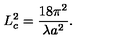
L _ { c } ^ { 2 } = \frac { 1 8 \pi ^ { 2 } } { \lambda a ^ { 2 } } .